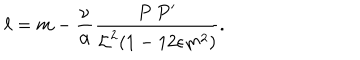
\ell = m - \frac { \nu } { \alpha } \frac { P ~ P ^ { \prime } } { { \cal L } ^ { 2 } ( 1 - 1 2 \epsilon m ^ { 2 } ) } .